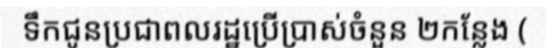
ទឹកជូនប្រជាពលរដ្ឋប្រើប្រាស់ចំនួន ២កន្លែង (